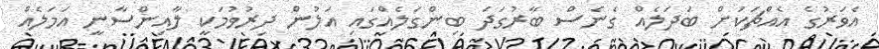
އެވަރުގެ އެއްޗަކަށް ބަދަލެއް ގެނެސް ބާރުގަދަ ބިންގަލެއްގައި އަލުން ދިރުވުމަކީ ލާއިންސާނީ އަމަލެއް